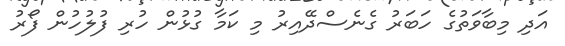
އަދި މިބާވަތުގެ ހަބަރު ގެނެސްދޭއިރު މި ކަމާ ގުޅުން ހުރި ފުލުހުން ފޯރު